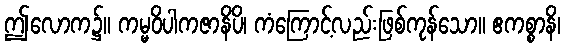
ဤလောက၌။ ကမ္မဝိပါကဇာနိပိ၊ ကံကြောင့်လည်းဖြစ်ကုန်သော။ ဧကစ္စာနိ၊